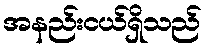
အနည်းငယ်ရှိသည်